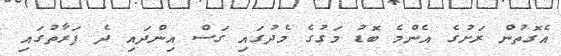
އެގޮތުން ރަށުގެ އެންމެ ބޮޑު މަގުގެ މެދުގައި ގަސް އިންދައި ދެ ފަރާތުގައި